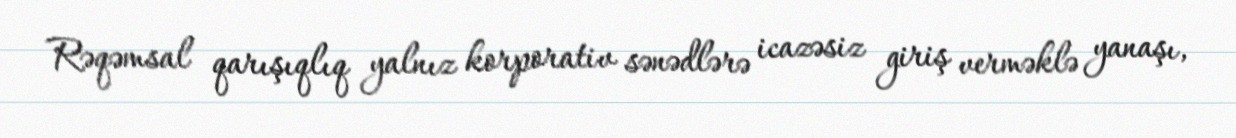
Rəqəmsal qarışıqlıq yalnız korporativ sənədlərə icazəsiz giriş verməklə yanaşı,